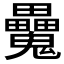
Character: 𩴻